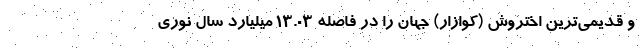
و قدیمی‌ترین اختروش (کوازار) جهان را در فاصله ۱۳.۰۳ میلیارد سال نوری